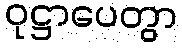
ဝုဋ္ဌာပေတွာ